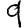
Digit: 9